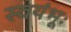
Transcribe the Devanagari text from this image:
स्वयंभूः